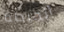
الحيطة